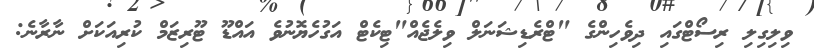
ވިލިގިލި ރިސޯޓްގައި ދިވެހިންގެ "ޓްރެޑިޝަނަލް ވިލެޖެއް"ޓިކެޓް އަގުހެޔޮނުވެ އައްޑޫ ޓޫރިޒަމް ކުރިއަކަށް ނާރާނެ: